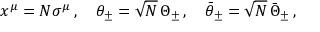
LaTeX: x ^ { \mu } = N \sigma ^ { \mu } \, , \quad \theta _ { \pm } = \sqrt { N } \, \Theta _ { \pm } \, , \quad \bar { \theta } _ { \pm } = \sqrt { N } \, \bar { \Theta } _ { \pm } \, ,